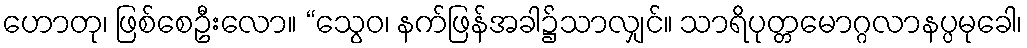
ဟောတု၊ ဖြစ်စေဦးလော။ “သွေဝ၊ နက်ဖြန်အခါ၌သာလျှင်။ သာရိပုတ္တမောဂ္ဂလာနပ္ပမုခေါ၊